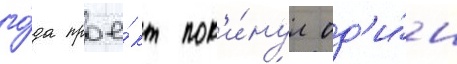
го́да прое́кт пок'и́нул од'и́н